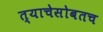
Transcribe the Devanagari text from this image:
त्याचेसोबतच